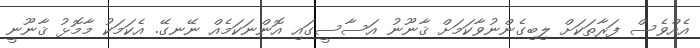
އެއްވެސް ފަރާތަކަށް ލިބިގެންނުވާކަމަށް ޤާނޫނު އަސާސީގައި އޮންނަކަމެއް ނޭނގޭ. އެކަމަކު މާމޮޅު ޤާނޫނީ